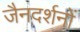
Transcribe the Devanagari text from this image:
जैनदर्शनों